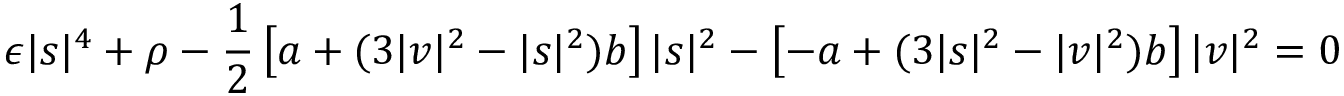
\epsilon | s | ^ { 4 } + \rho - { \frac { 1 } { 2 } } \left[ a + ( 3 | v | ^ { 2 } - | s | ^ { 2 } ) b \right] | s | ^ { 2 } - \left[ - a + ( 3 | s | ^ { 2 } - | v | ^ { 2 } ) b \right] | v | ^ { 2 } = 0